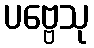
ပဗ္ဗေသု